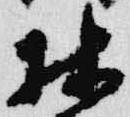
林